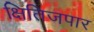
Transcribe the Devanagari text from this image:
क्षितिजपार